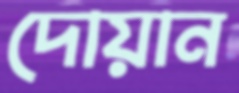
দোয়ান